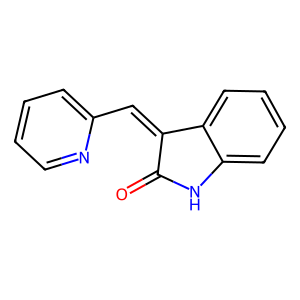
SMILES: O=C1Nc2ccccc2C1=Cc1ccccn1
Inhibits HIV replication: No